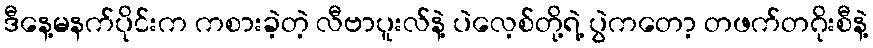
ဒီနေ့မနက်ပိုင်းက ကစားခဲ့တဲ့ လီဗာပူးလ်နဲ့ ပဲလေ့စ်တို့ရဲ့ ပွဲကတော့ တဖက်တဂိုးစီနဲ့